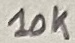
Text: 10K